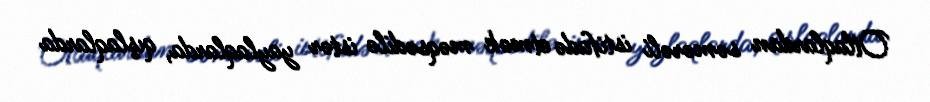
Otlaqlardan səmərəli istifadə etmək məqsədilə istər yaylaqlarda, qışlaqlarda